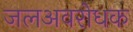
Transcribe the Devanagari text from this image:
जलअवरोधक